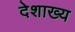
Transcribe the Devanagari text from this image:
देशाख्य